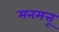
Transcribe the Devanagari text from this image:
मनमत्तू